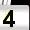
Digit: 4